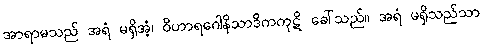
အာရာမသည် အရံ မရှိအံ့၊ ဝိဟာရဂေါနိသာဒိကကုဋိ ခေါ်သည်။ အရံ မရှိသည်သာ